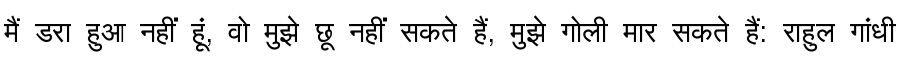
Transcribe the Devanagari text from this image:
मैं डरा हुआ नहीं हूं, वो मुझे छू नहीं सकते हैं, मुझे गोली मार सकते हैं: राहुल गांधी